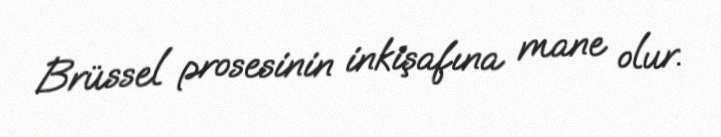
Brüssel prosesinin inkişafına mane olur.